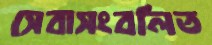
সেবাসংবলিত